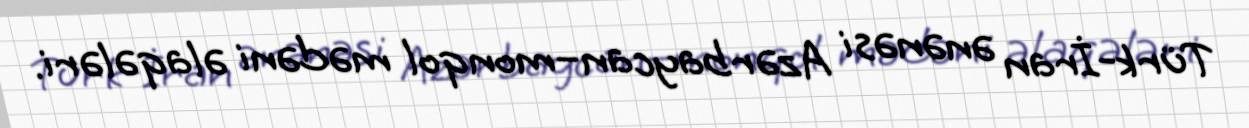
Türk-İran ənənəsi Azərbaycan–monqol mədəni əlaqələri.